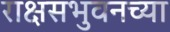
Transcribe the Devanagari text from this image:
राक्षसभुवनच्या